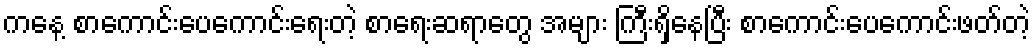
ကနေ့ စာကောင်းပေကောင်းရေးတဲ့ စာရေးဆရာတွေ အများ ကြီးရှိနေပြီး စာကောင်းပေကောင်းဖတ်တဲ့